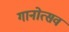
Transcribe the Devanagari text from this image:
गानोत्सव